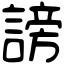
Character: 謗